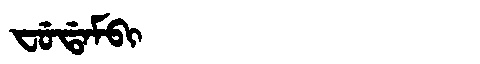
Manchu: ᠸᡠᡩᠠᠮᠪᡳ
Romanization: FUDAMBI